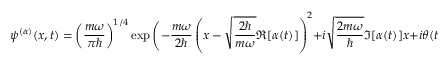
~ \psi ^ { ( \alpha ) } ( x , t ) = \left( { \frac { m \omega } { \pi \hbar } } \right) ^ { 1 / 4 } \exp { \Bigg ( } - { \frac { m \omega } { 2 \hbar } } \left( x - { \sqrt { \frac { 2 \hbar } { m \omega } } } \Re [ \alpha ( t ) ] \right) ^ { 2 } + i { \sqrt { \frac { 2 m \omega } { \hbar } } } \Im [ \alpha ( t ) ] x + i \theta ( t ) { \Bigg ) } ~ ,